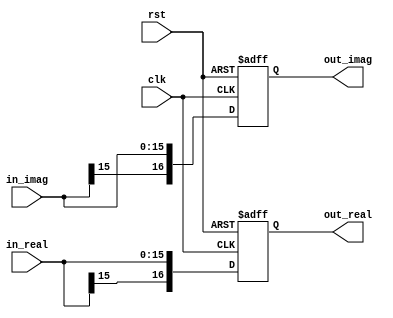
`timescale 1ns / 1ps
//////////////////////////////////////////////////////////////////////////////////
// Company: 
// Engineer: 
// 
// Design Name: 
// Module Name: register_in_bitrev
// Project Name: 
// Target Devices: 
// Tool Versions: 
// Description: 
// 
// Dependencies: 
// 
// Revision:
// Revision 0.01 - File Created
// Additional Comments:
// 
//////////////////////////////////////////////////////////////////////////////////


module register_in_bitrev( 
                clk,
                rst,
                in_real,
                in_imag,
                out_real,
                out_imag
               );
    input clk;
    input rst;
    input signed [15:0] in_real; // 16 bits input
    input signed [15:0] in_imag;
    output signed [16:0] out_real; // 17 bits output
    output signed [16:0] out_imag; // s2.14
    
    reg signed [16:0] out_real;
    reg signed [16:0] out_imag;
    
    always@(posedge clk or posedge rst) begin
        if (rst == 1) begin
            out_real <= 17'd0;
            out_imag <= 17'd0;
        end else begin
            out_real <= in_real;
            out_imag <= in_imag;
        end
    end
endmodule